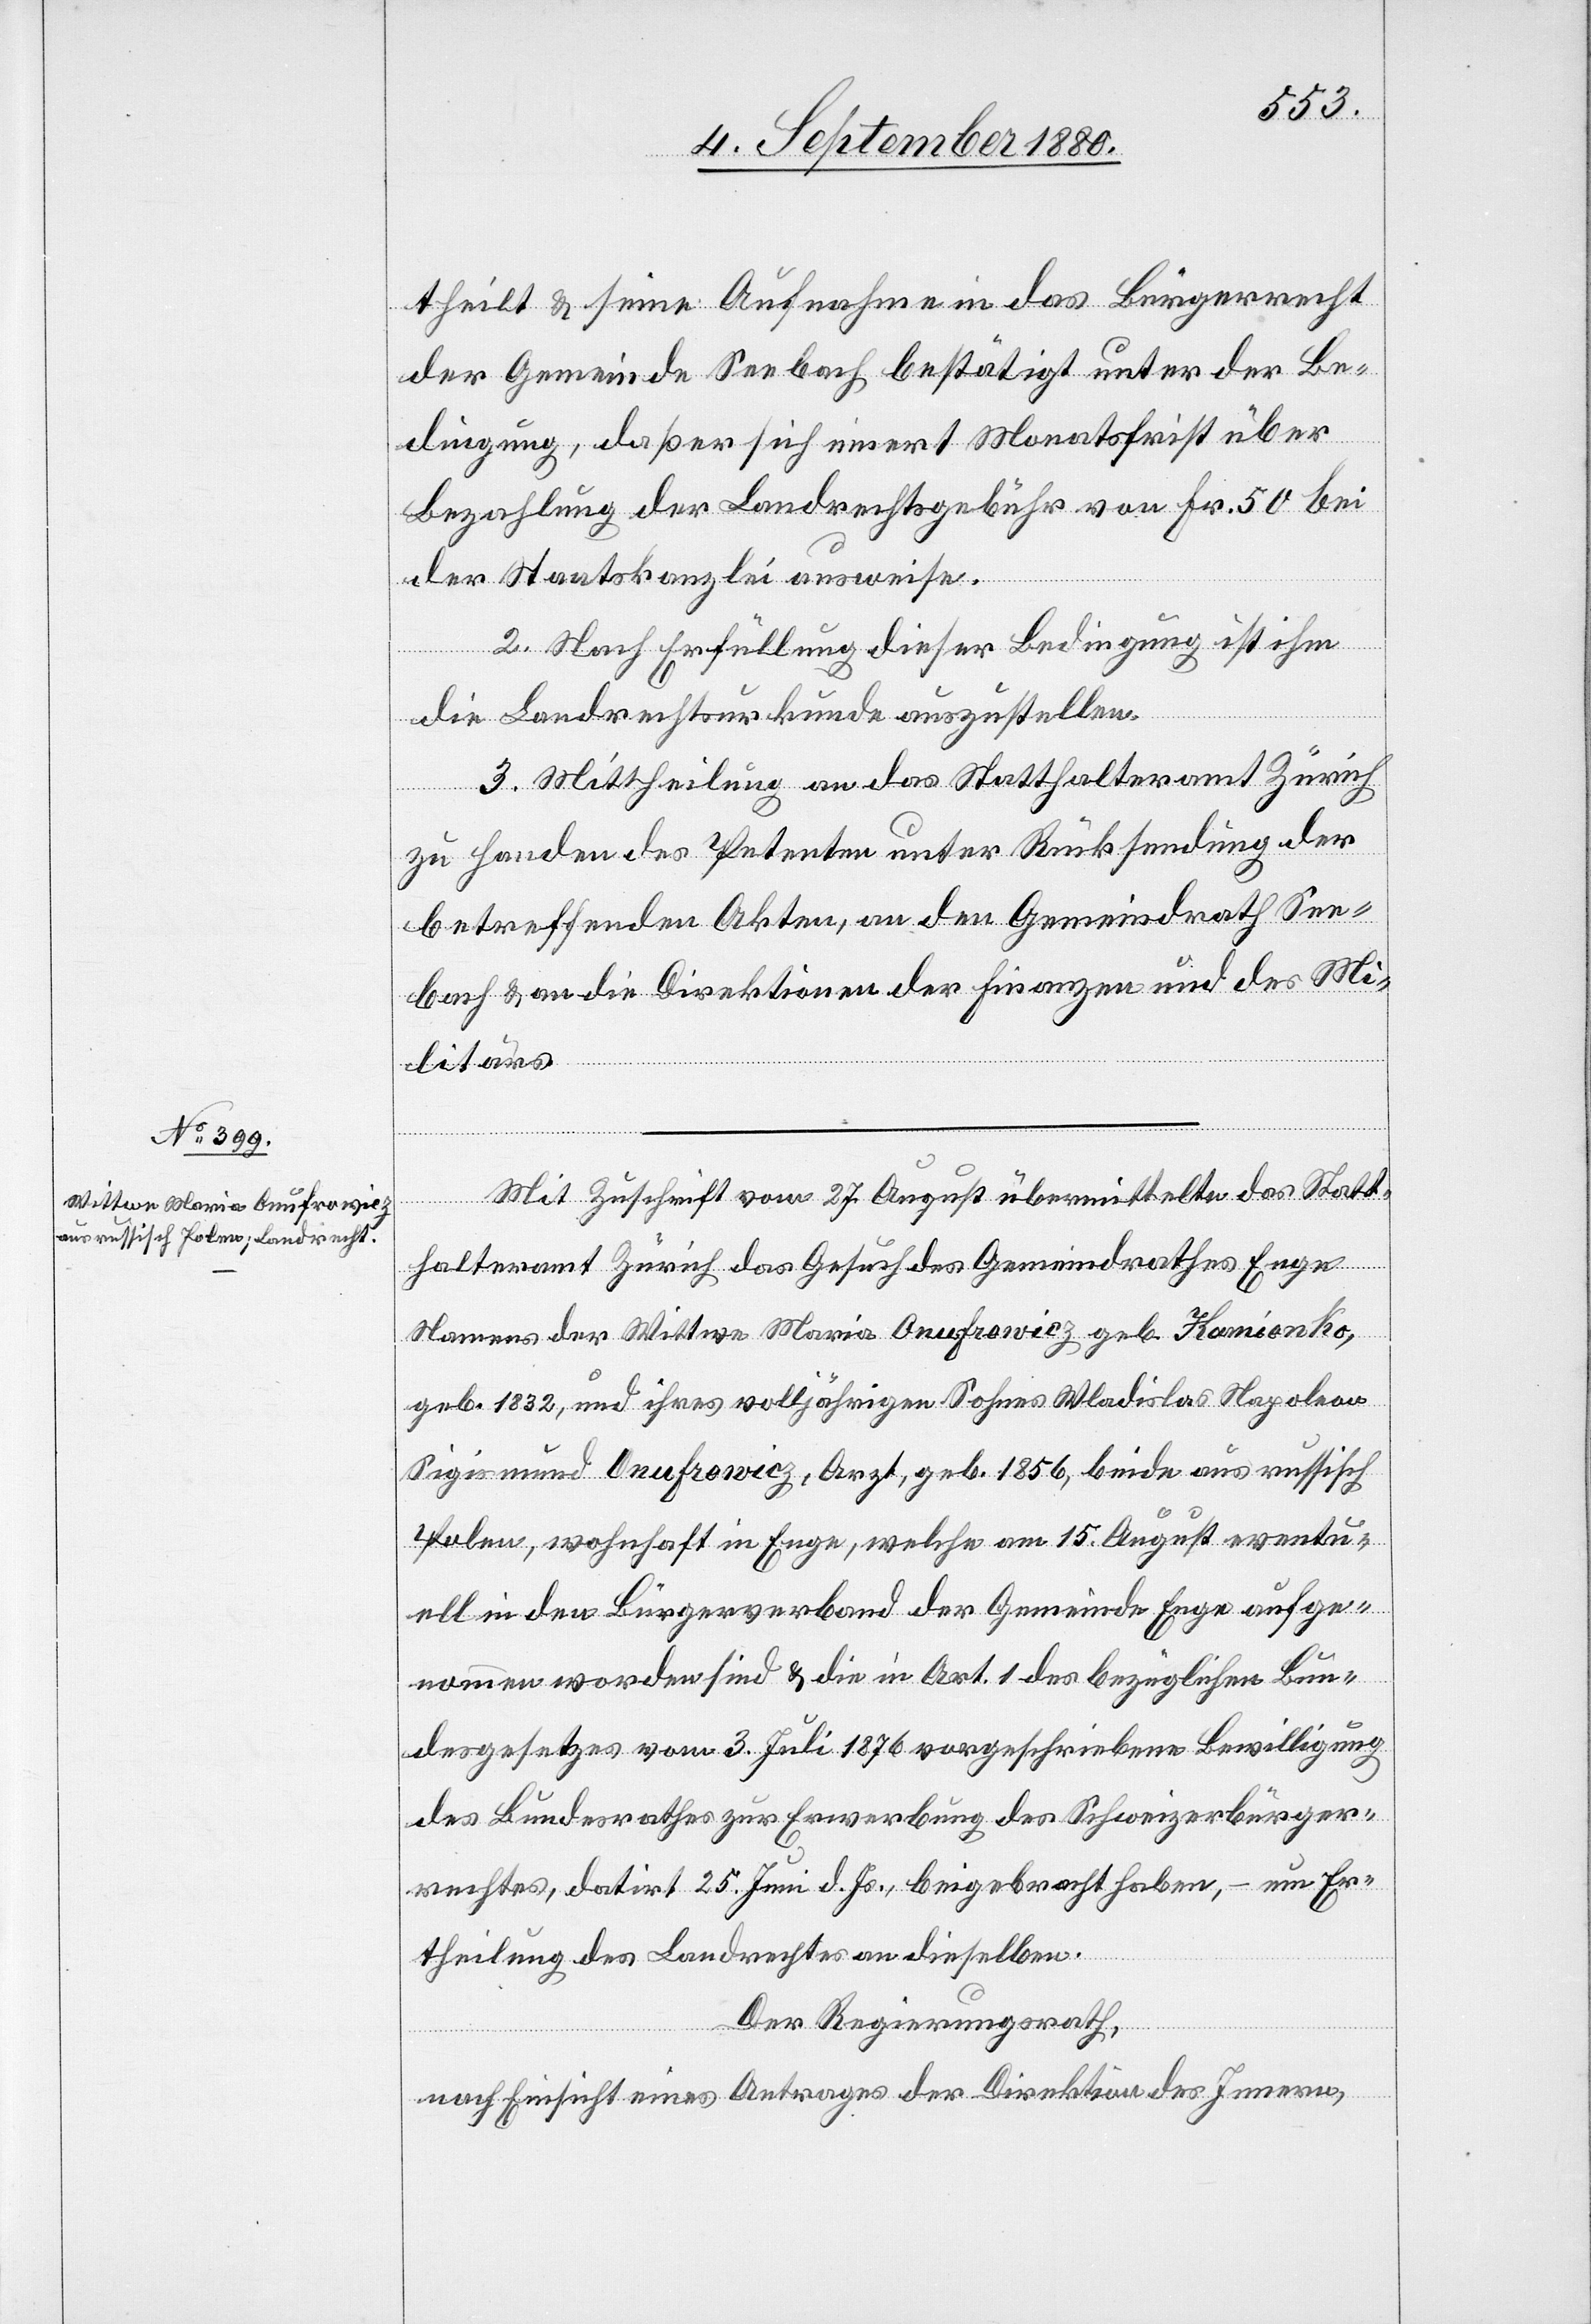
theilt & seine Aufnahme in das Bürgerrecht
der Gemeinde Seebach bestätigt unter der Be¬
dingung, daß er sich innert Monatsfrist über
Bezahlung der Landrechtsgebühr von Fr. 50 bei
der Staatskanzlei ausweise.
2. Nach Erfüllung dieser Bedingung ist ihm
die Landrechtsurkunde auszustellen.
3. Mittheilung an das Statthalteramt Zürich
zu Handen des Petenten unter Rücksendung der
betreffenden Akten, an den Gemeindrath See¬
bach & an die Direktion der Finanzen und des Mi¬
litärs.
Mit Zuschrift vom 27. August übermittelte das Statt¬
halteramt Zürich das Gesuch des Gemeindrathes Enge
Namens der Wittwe Maria Onufrowicz geb. Kamionko,
geb. 1832, und ihres volljährigen Sohnes Wadislav Napoleon
Sigismund Onufrowicz, Arzt, geb. 1856, beide aus russisch
Polen, wohnhaft in Enge, welche am 15. August eventu¬
ell in den Bürgerverband der Gemeinde Enge aufge¬
nommen worden sind & die in Art. 1 des bezüglichen Bun¬
desgesetzes vom 3. Juli 1876 vorgeschriebene Bewilligung
des Bundesrathes zur Erwerbung des Schweizerbürger¬
rechtes, datirt 25. Juni d. Js., beigebracht haben, – um Er¬
theilung des Landrechtes an dieselben.
Der Regierungsrath,
nach Einsicht eines Antrages der Direktion des Innern,